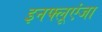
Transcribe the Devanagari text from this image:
इनफ्लूएंजा